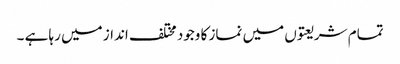
تمام شریعتوں میں نماز کا وجود مختلف انداز میں رہا ہے ۔